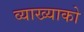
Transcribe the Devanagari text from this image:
व्याख्याको